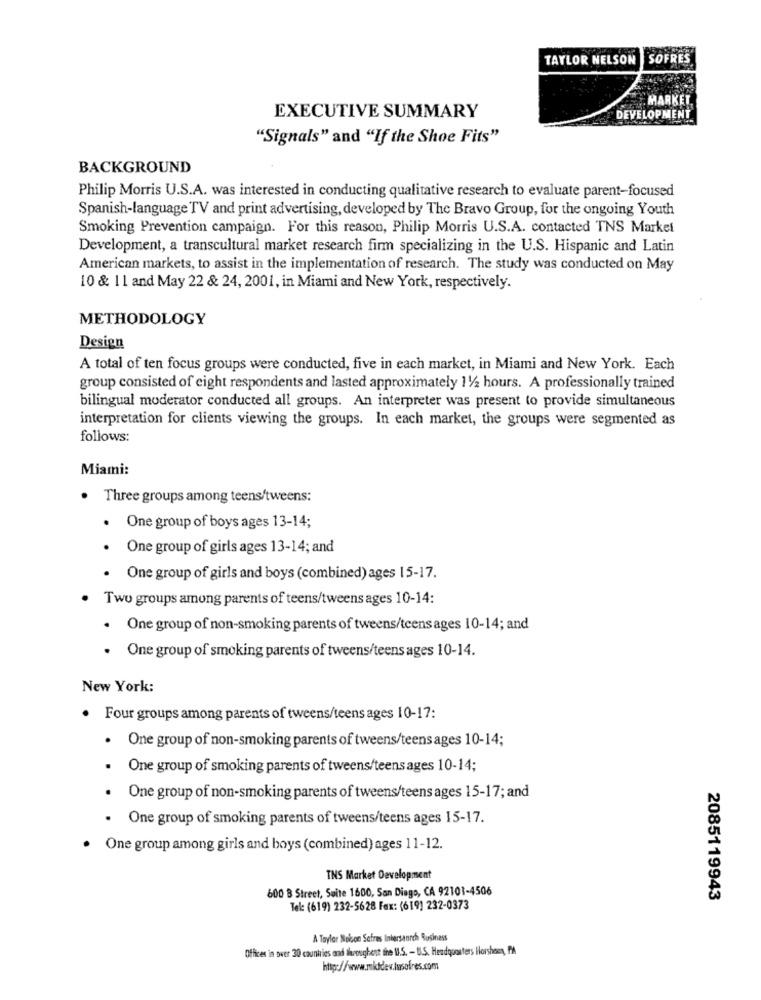
TAYLOR NELSON
SOFRES
MARKET
EXECUTIVE SUMMARY
DEVELOPMENT
"Signals" and "If the Shoe Fits"
BACKGROUND
Philip Morris U.S.A. was interested in conducting qualitative research to evaluate parent-focused
Spanish-language TV and print advertising, developed by The Bravo Group, for the ongoing Youth
Smoking Prevention campaign. For this reason, Philip Morris U.S.A. contacted TNS Market
Development, a transcultural market research firm specializing in the U.S. Hispanic and Latin
American markets, to assist in the implementation of research. The study was conducted on May
10 & 11 and May 22 & 24, 2001, in Miami and New York, respectively.
METHODOLOGY
Design
A total of ten focus groups were conducted, five in each market, in Miami and New York. Each
group consisted of eight respondents and lasted approximately 11/2 hours. A professionally trained
bilingual moderator conducted all groups. An interpreter was present to provide simultaneous
interpretation for clients viewing the groups. In each market, the groups were segmented as
follows:
Miami:
. Three groups among teens/tweens:
· One group of boys ages 13-14;
· One group of girls ages 13-14; and
· One group of girls and boys (combined) ages 15-17.
Two groups among parents of teens/tweens ages 10-14:
. One group of non-smoking parents of tweens/teens ages 10-14; and
· One group of smoking parents of tweens/teens ages 10-14.
New York:
· Four groups among parents of tweens/teens ages 10-17:
·One group of non-smoking parents of tweens/teens ages 10-14;
One group of smoking parents of tweens/teens ages 10-14;
One group of non-smoking parents of tweens/teens ages 15-17; and
. One group of smoking parents of tweens/teens ages 15-17.
One group among girls and boys (combined) ages 11-12.
TNS Market Development
600 B Street, Suite 1600, San Diego, CA 92101-4506
2085119943
Tel: (619) 232-5628 Fax: (619] 232-0373
A Taylor Nokon Safres Intersannch Business
Offices in over 30 countries and throughent the U.S. - U.S. Headquarters Horshoes, PA
http://www.mktdew.iwsofres.com